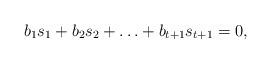
LaTeX: \begin{align*} b_1 s_1+b_2s_2+\ldots+b_{t+1} s_{t+1}=0, \end{align*}